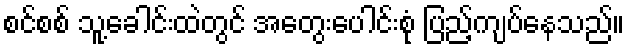
စင်စစ် သူ့ခေါင်းထဲတွင် အတွေးပေါင်းစုံ ပြည့်ကျပ်နေသည်။